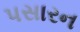
પસારન